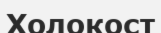
Холокост